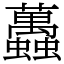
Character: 䘍